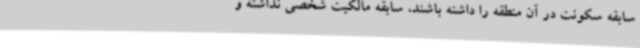
سابقه سکونت در آن منطقه را داشته باشند، سابقه مالکیت شخصی نداشته و